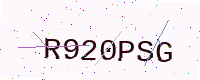
Text: R920PSG